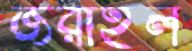
জরাইল